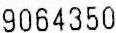
9064350